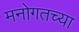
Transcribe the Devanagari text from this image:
मनोगतच्या